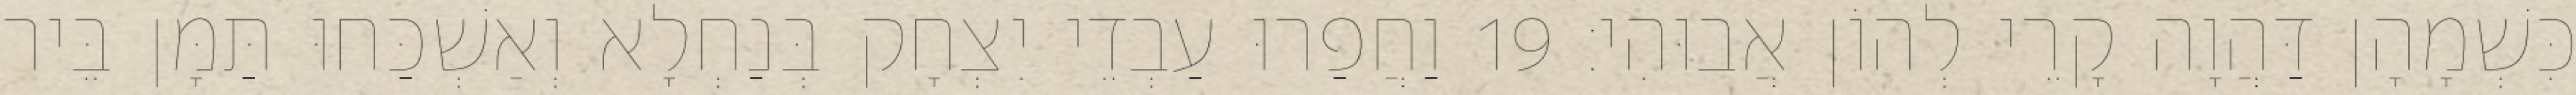
כִּשְׁמָהָן דַּהֲוָה קָרֵי לְהוֹן אֲבוּהִי׃ 19 וַחֲפַרוּ עַבְדֵי יִצְחָק בְּנַחְלָא וְאַשְׁכַּחוּ תַּמָּן בֵּיר